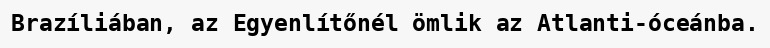
Brazíliában, az Egyenlítőnél ömlik az Atlanti-óceánba.